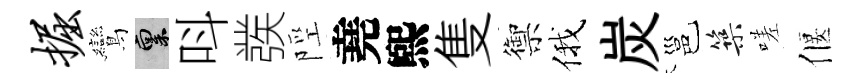
掘鸞禀呌彂陘堯煕隻禦俄炭邕築嗟偃